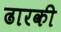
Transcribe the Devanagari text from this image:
ढारकी